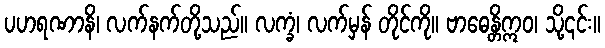
ပဟရဏာနိ၊ လက်နက်တို့သည်။ လက္ခံ၊ လက်မှန် တိုင်ကို။ ဗာဓေန္တိဣဝ၊ သို့၎င်း။